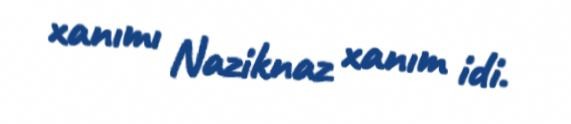
xanımı Naziknaz xanım idi.